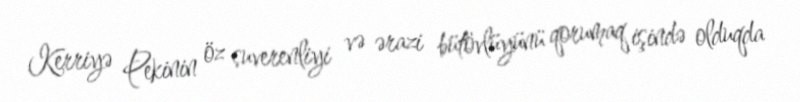
Kerriyə Pekinin öz suverenliyi və ərazi bütövlüyünü qorumaq işində olduqda